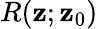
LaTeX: R(\mathbf{z};\mathbf{z}_{0})